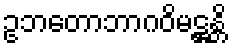
ဥဘတောဘာဂဝိမဋ္ဌန္တိ